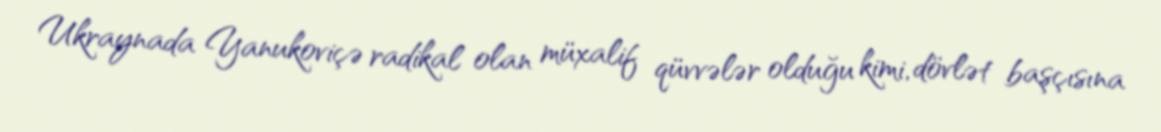
Ukraynada Yanukoviçə radikal olan müxalif qüvvələr olduğu kimi, dövlət başçısına